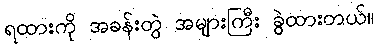
ရထားကို အခန်းတွဲ အများကြီး ခွဲထားတယ်။